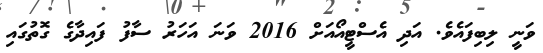
ވަނީ ލިބިފައެވެ. އަދި އެސްޓީއޯއަށް 2016 ވަނަ އަހަރު ސާފު ފައިދާގެ ގޮތުގައި